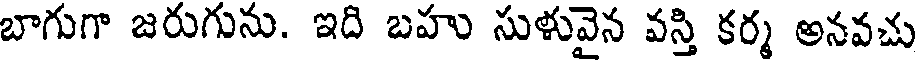
బాగుగా జరుగును. ఇది బహు సుళువైన వస్తి కర్మ అనవచు